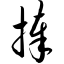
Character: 捧